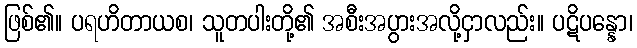
ဖြစ်၏။ ပရဟိတာယစ၊ သူတပါးတို့၏ အစီးအပွားအလို့ငှာလည်း။ ပဋိပန္နော၊